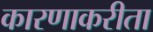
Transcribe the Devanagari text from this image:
कारणाकरीता